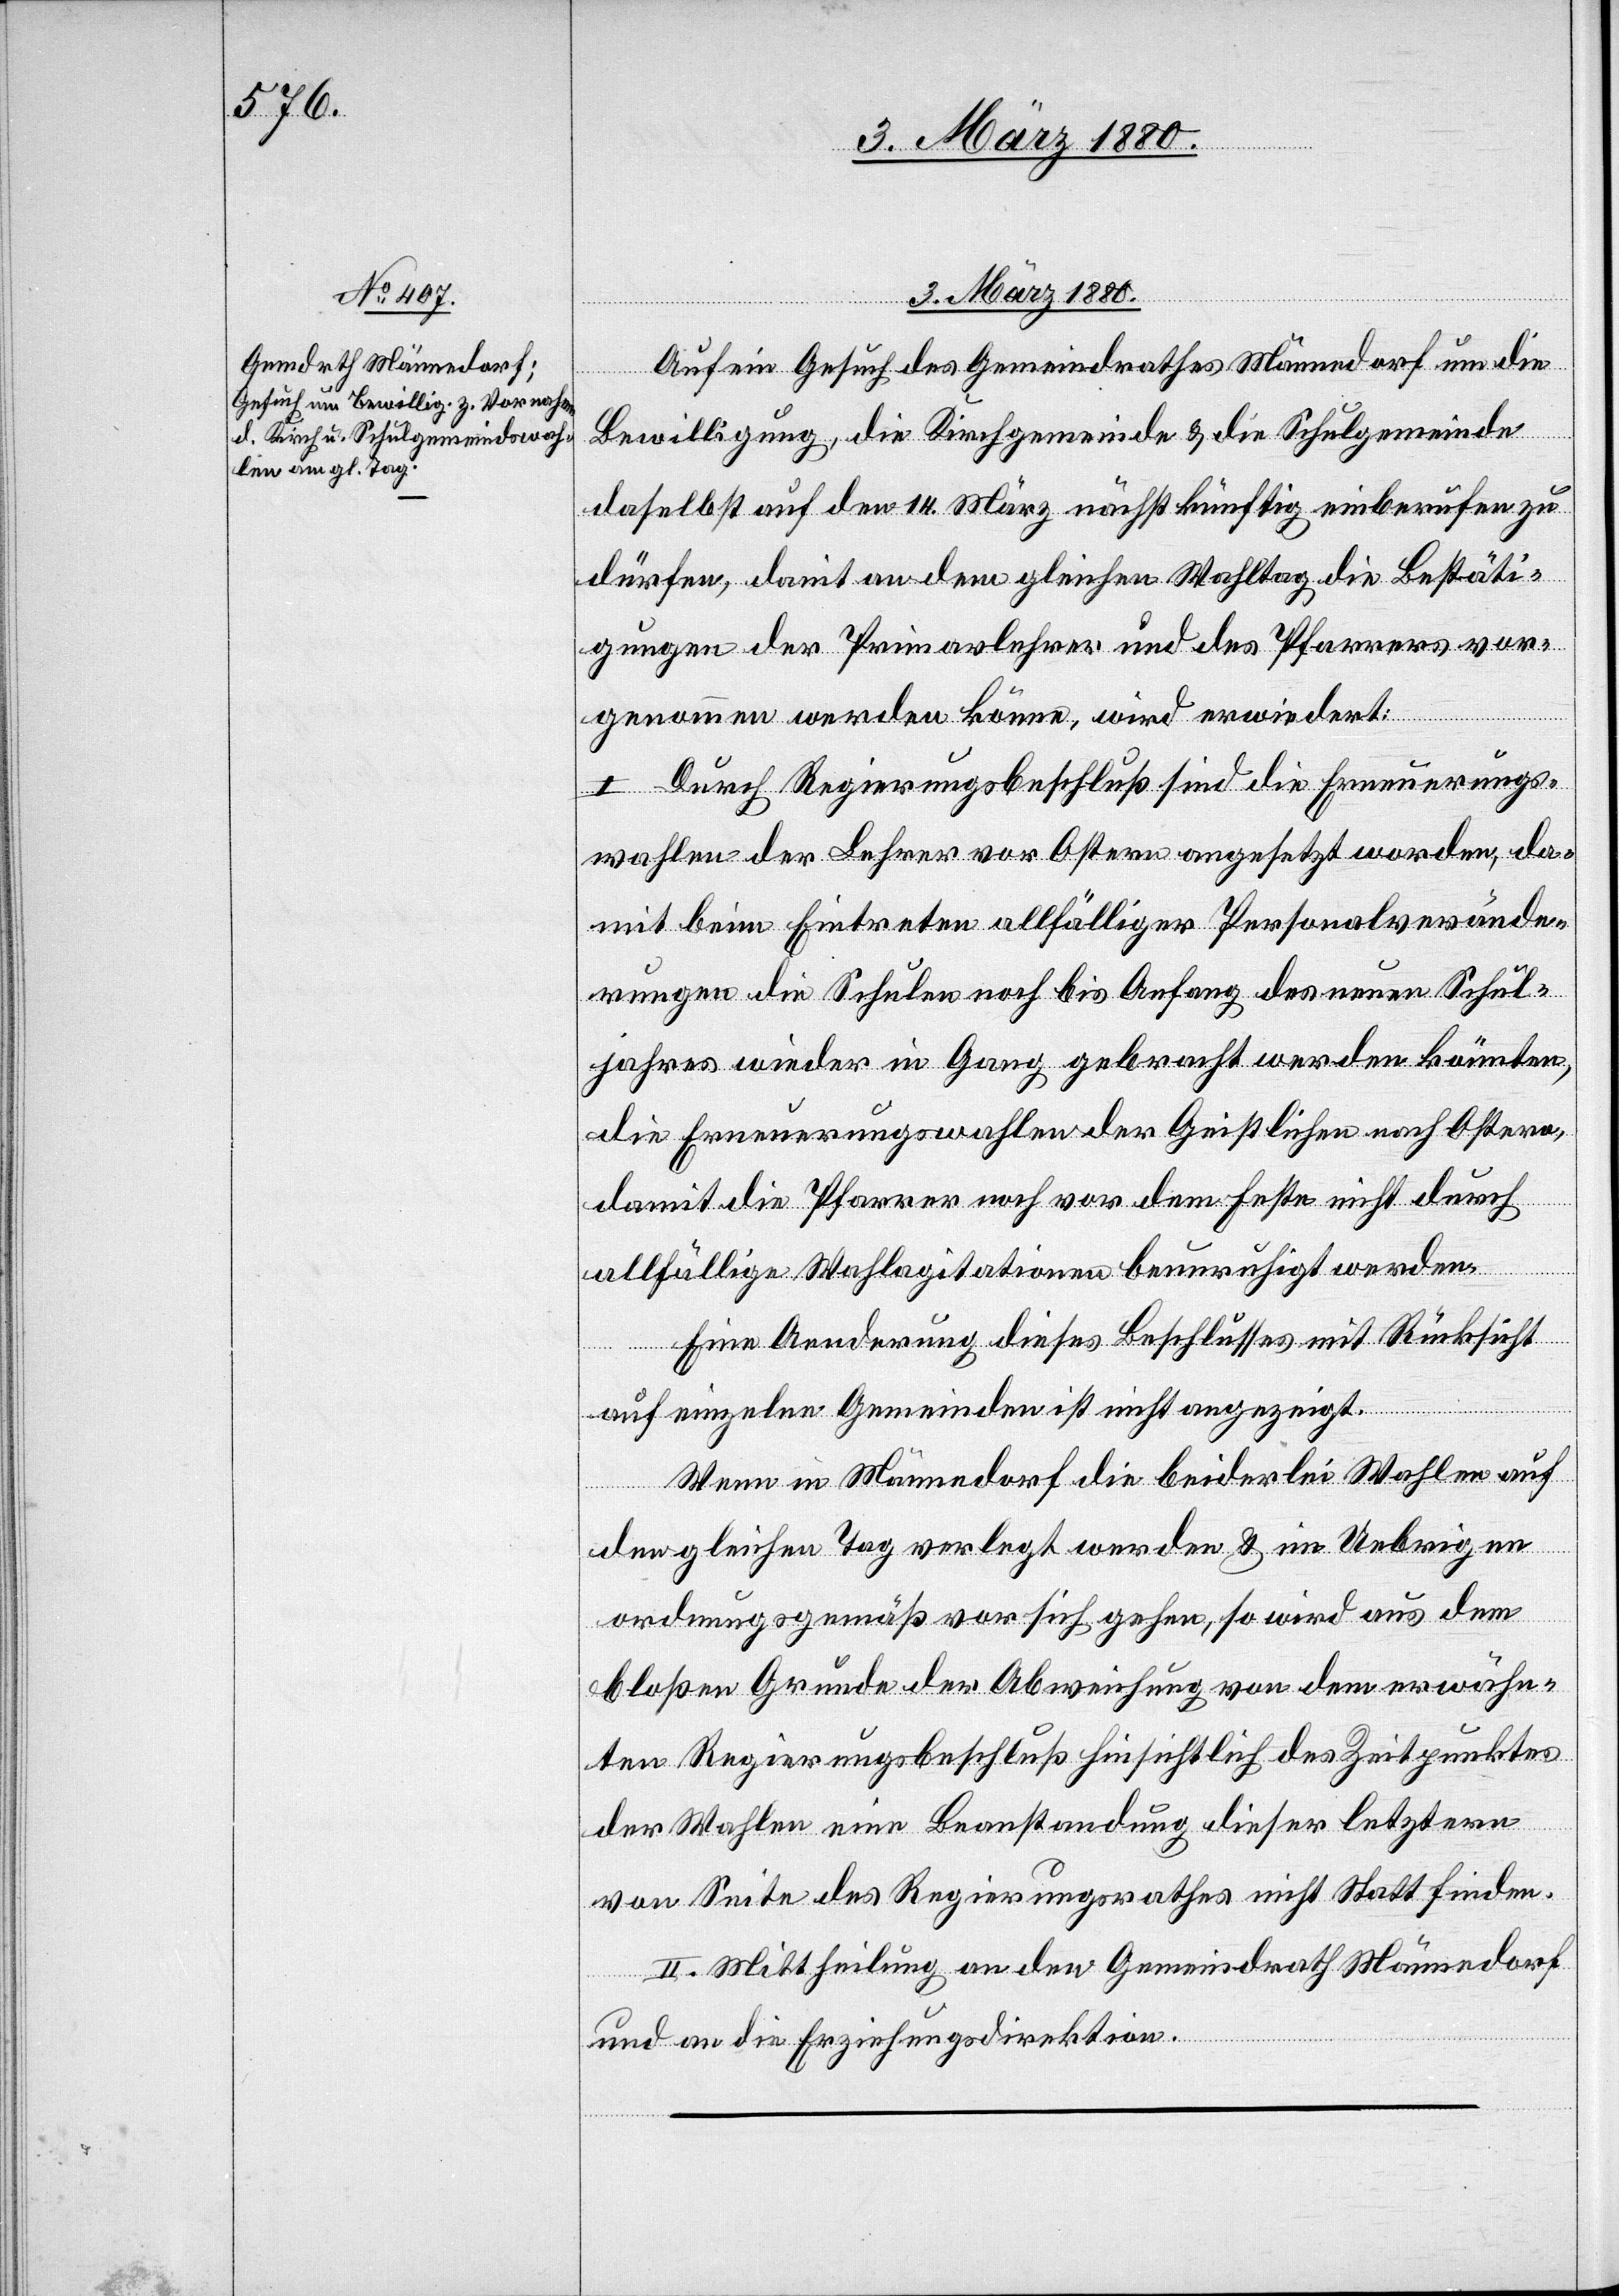
3. März 1880.
Auf ein Gesuch des Gemeindrathes Männedorf um die
Bewilligung, die Kirchgemeinde & die Schulgemeinde
daselbst auf den 14. März nächstkünftig einberufen zu
dürfen, damit an dem gleichen Wahltag die Bestäti¬
gungen der Primarlehrer und des Pfarrers vor¬
genommen werden könne, wird erwiedert:
I. Durch Regierungsbeschluß sind die Erneuerungs¬
wahlen der Lehrer vor Ostern angesetzt worden, da¬
mit beim Eintreten allfälliger Personalverände¬
rungen die Schulen noch bis Anfang des neuen Schul¬
jahres wieder in Gang gebracht werden könnten,
die Erneuerungswahlen der Geistlichen nach Ostern,
damit die Pfarrer noch vor dem Feste nicht durch
allfällige Wahlagitationen beunruhigt werden.
Eine Aenderung dieses Beschlusses mit Rücksicht
auf einzelne Gemeinde ist nicht angezeigt.
Wenn in Männedorf die beiderlei Wahlen auf
den gleichen Tag verlegt werden & im Uebrigen
ordnungsgemäß vor sich gehen, so wird aus dem
bloßen Grunde der Abweichung von den erwähn¬
ten Regierungsbeschluß hinsichtlich des Zeitpunktes
der Wahlen eine Beanstandung dieser letztern
von Seite des Regierungsrathes nicht Statt finden.
II. Mittheilung an den Gemeindrath Männedorf
und an die Erziehungsdirektion.